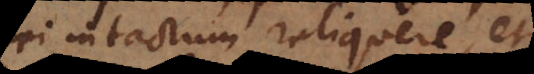
fidei intactum reliquere, et